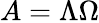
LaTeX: A=\Lambda\Omega